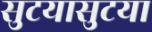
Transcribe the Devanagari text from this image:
सुटयासुटया